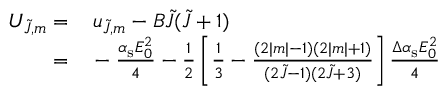
\begin{array} { r l } { U _ { \tilde { J } , m } = } & { { } \, u _ { \tilde { J } , m } - B \tilde { J } ( \tilde { J } + 1 ) } \\ { = } & { { } - \frac { \alpha _ { \mathrm { s } } E _ { 0 } ^ { 2 } } { 4 } - \frac 1 2 \left[ \frac 1 3 - \frac { ( 2 | m | - 1 ) ( 2 | m | + 1 ) } { ( 2 \tilde { J } - 1 ) ( 2 \tilde { J } + 3 ) } \right] \frac { \Delta \alpha _ { \mathrm { s } } E _ { 0 } ^ { 2 } } { 4 } } \end{array}